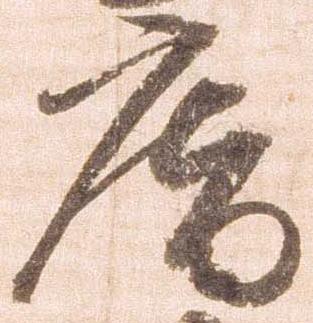
庵